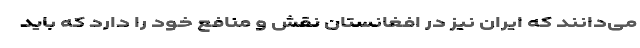
می‌دانند که ایران نیز در افغانستان نقش و منافع خود را دارد که باید